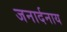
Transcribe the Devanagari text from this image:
जनार्दनाय